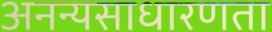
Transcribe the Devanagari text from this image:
अनन्यसाधारणता